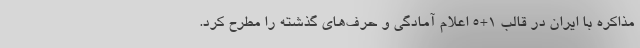
مذاکره با ایران در قالب ۱+۵ اعلام آمادگی و حرف‌های گذشته را مطرح کرد.